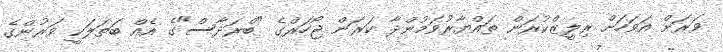
ވަރަށް އަވަހަށް ރިލީޒްކުރަން ތައްޔާރުވަމުންދާ ކަރަން ޖޯހަރްގެ "ބްރަދާސް"ގެ އެއް ބަތަލަކީ ވަރުންގެ